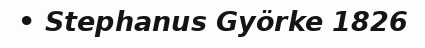
• Stephanus Györke 1826